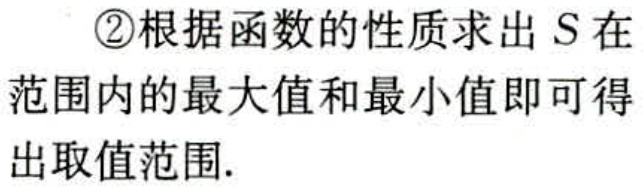
\textcircled{2}根据函数的性质求出 \(S\) 在范围内的最大值和最小值即可得出取值范围.